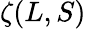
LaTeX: \zeta(L,S)